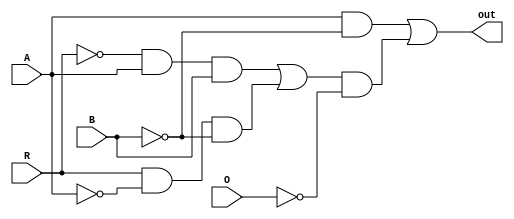
module Less (R, A, B, O, out);
  input R, A, B, O;
  output out;
  
  wire out_not0, out_not1, out_not2, out_not3, out_not4, out_and0, out_and1, out_and2, out_and3, out_or0;
  
  not not0(out_not0, B);
  not not1(out_not1, R);
  not not2(out_not2, A);
  not not3(out_not3, B);
  not not4(out_not4, O);
  and and0(out_and0, A, out_not0);
  and and1(out_and1, out_not1, A, B);
  and and2(out_and2, R, out_not2, out_not3);
  and and3(out_and3, out_or0, out_not4);
  or or0(out_or0, out_and1, out_and2);
  or or1(out, out_and0, out_and3);
endmodule